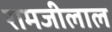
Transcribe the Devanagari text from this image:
रामजीलाल